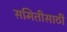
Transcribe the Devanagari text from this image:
समितीसाठी